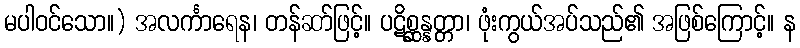
မပါဝင်သော။) အလင်္ကာရေန၊ တန်ဆာ်ဖြင့်။ ပဋိစ္ဆန္နတ္တာ၊ ဖုံးကွယ်အပ်သည်၏ အဖြစ်ကြောင့်။ န